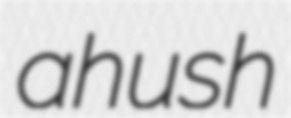
ahush